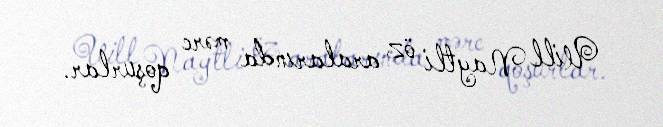
Uill Naytli öz aralarında mərc qoşurlar.